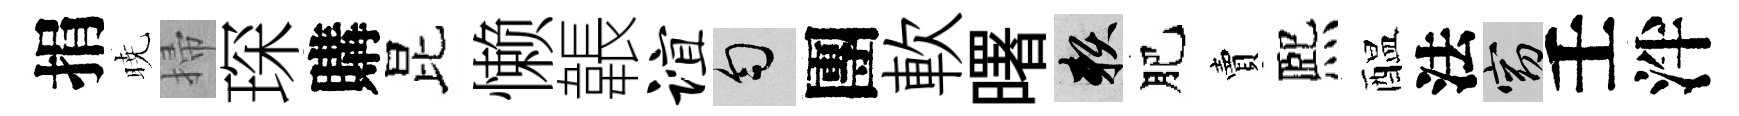
捐暁掃琛購昆懒韔谊匀團軟曙賴肥賣熈醖法窈壬泮